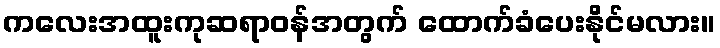
ကလေးအထူးကုဆရာဝန်အတွက် ထောက်ခံပေးနိုင်မလား။